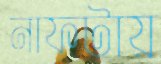
নাফটায়